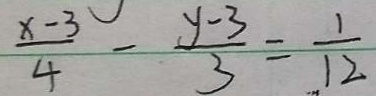
\frac { x - 3 } { 4 } - \frac { y - 3 } { 3 } = \frac { 1 } { 1 2 }